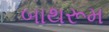
બાથરૂમ